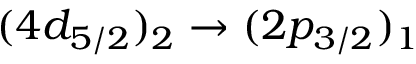
( 4 d _ { 5 / 2 } ) _ { 2 } \rightarrow ( 2 p _ { 3 / 2 } ) _ { 1 }